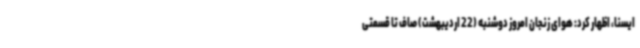
ایسنا، اظهار کرد: هوای زنجان امروز دوشنبه (22 اردیبهشت) صاف تا قسمتی